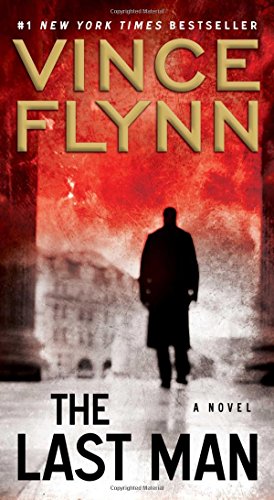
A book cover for The Last Man: A Novel (The Mitch Rapp Series); Vince Flynn; Mystery, Thriller & Suspense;